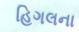
હિગલના